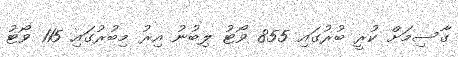
ގާސިމަށް ކުރީ ބުރުގައި 855 ވޯޓު ލިބުނު އިރު މިބުރުގައި 115 ވޯޓު